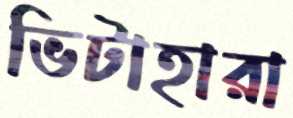
ভিটাহারা